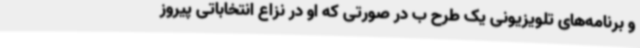
و برنامه‌های تلویزیونی یک طرح ب در صورتی که او در نزاع انتخاباتی پیروز